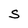
Character: S